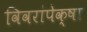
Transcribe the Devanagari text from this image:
विवरांपेक्षा